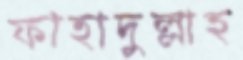
ফাহাদুল্লাহ